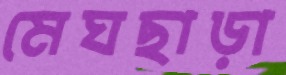
মেঘছাড়া